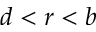
d < r < b